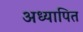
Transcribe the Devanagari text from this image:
अध्यापित